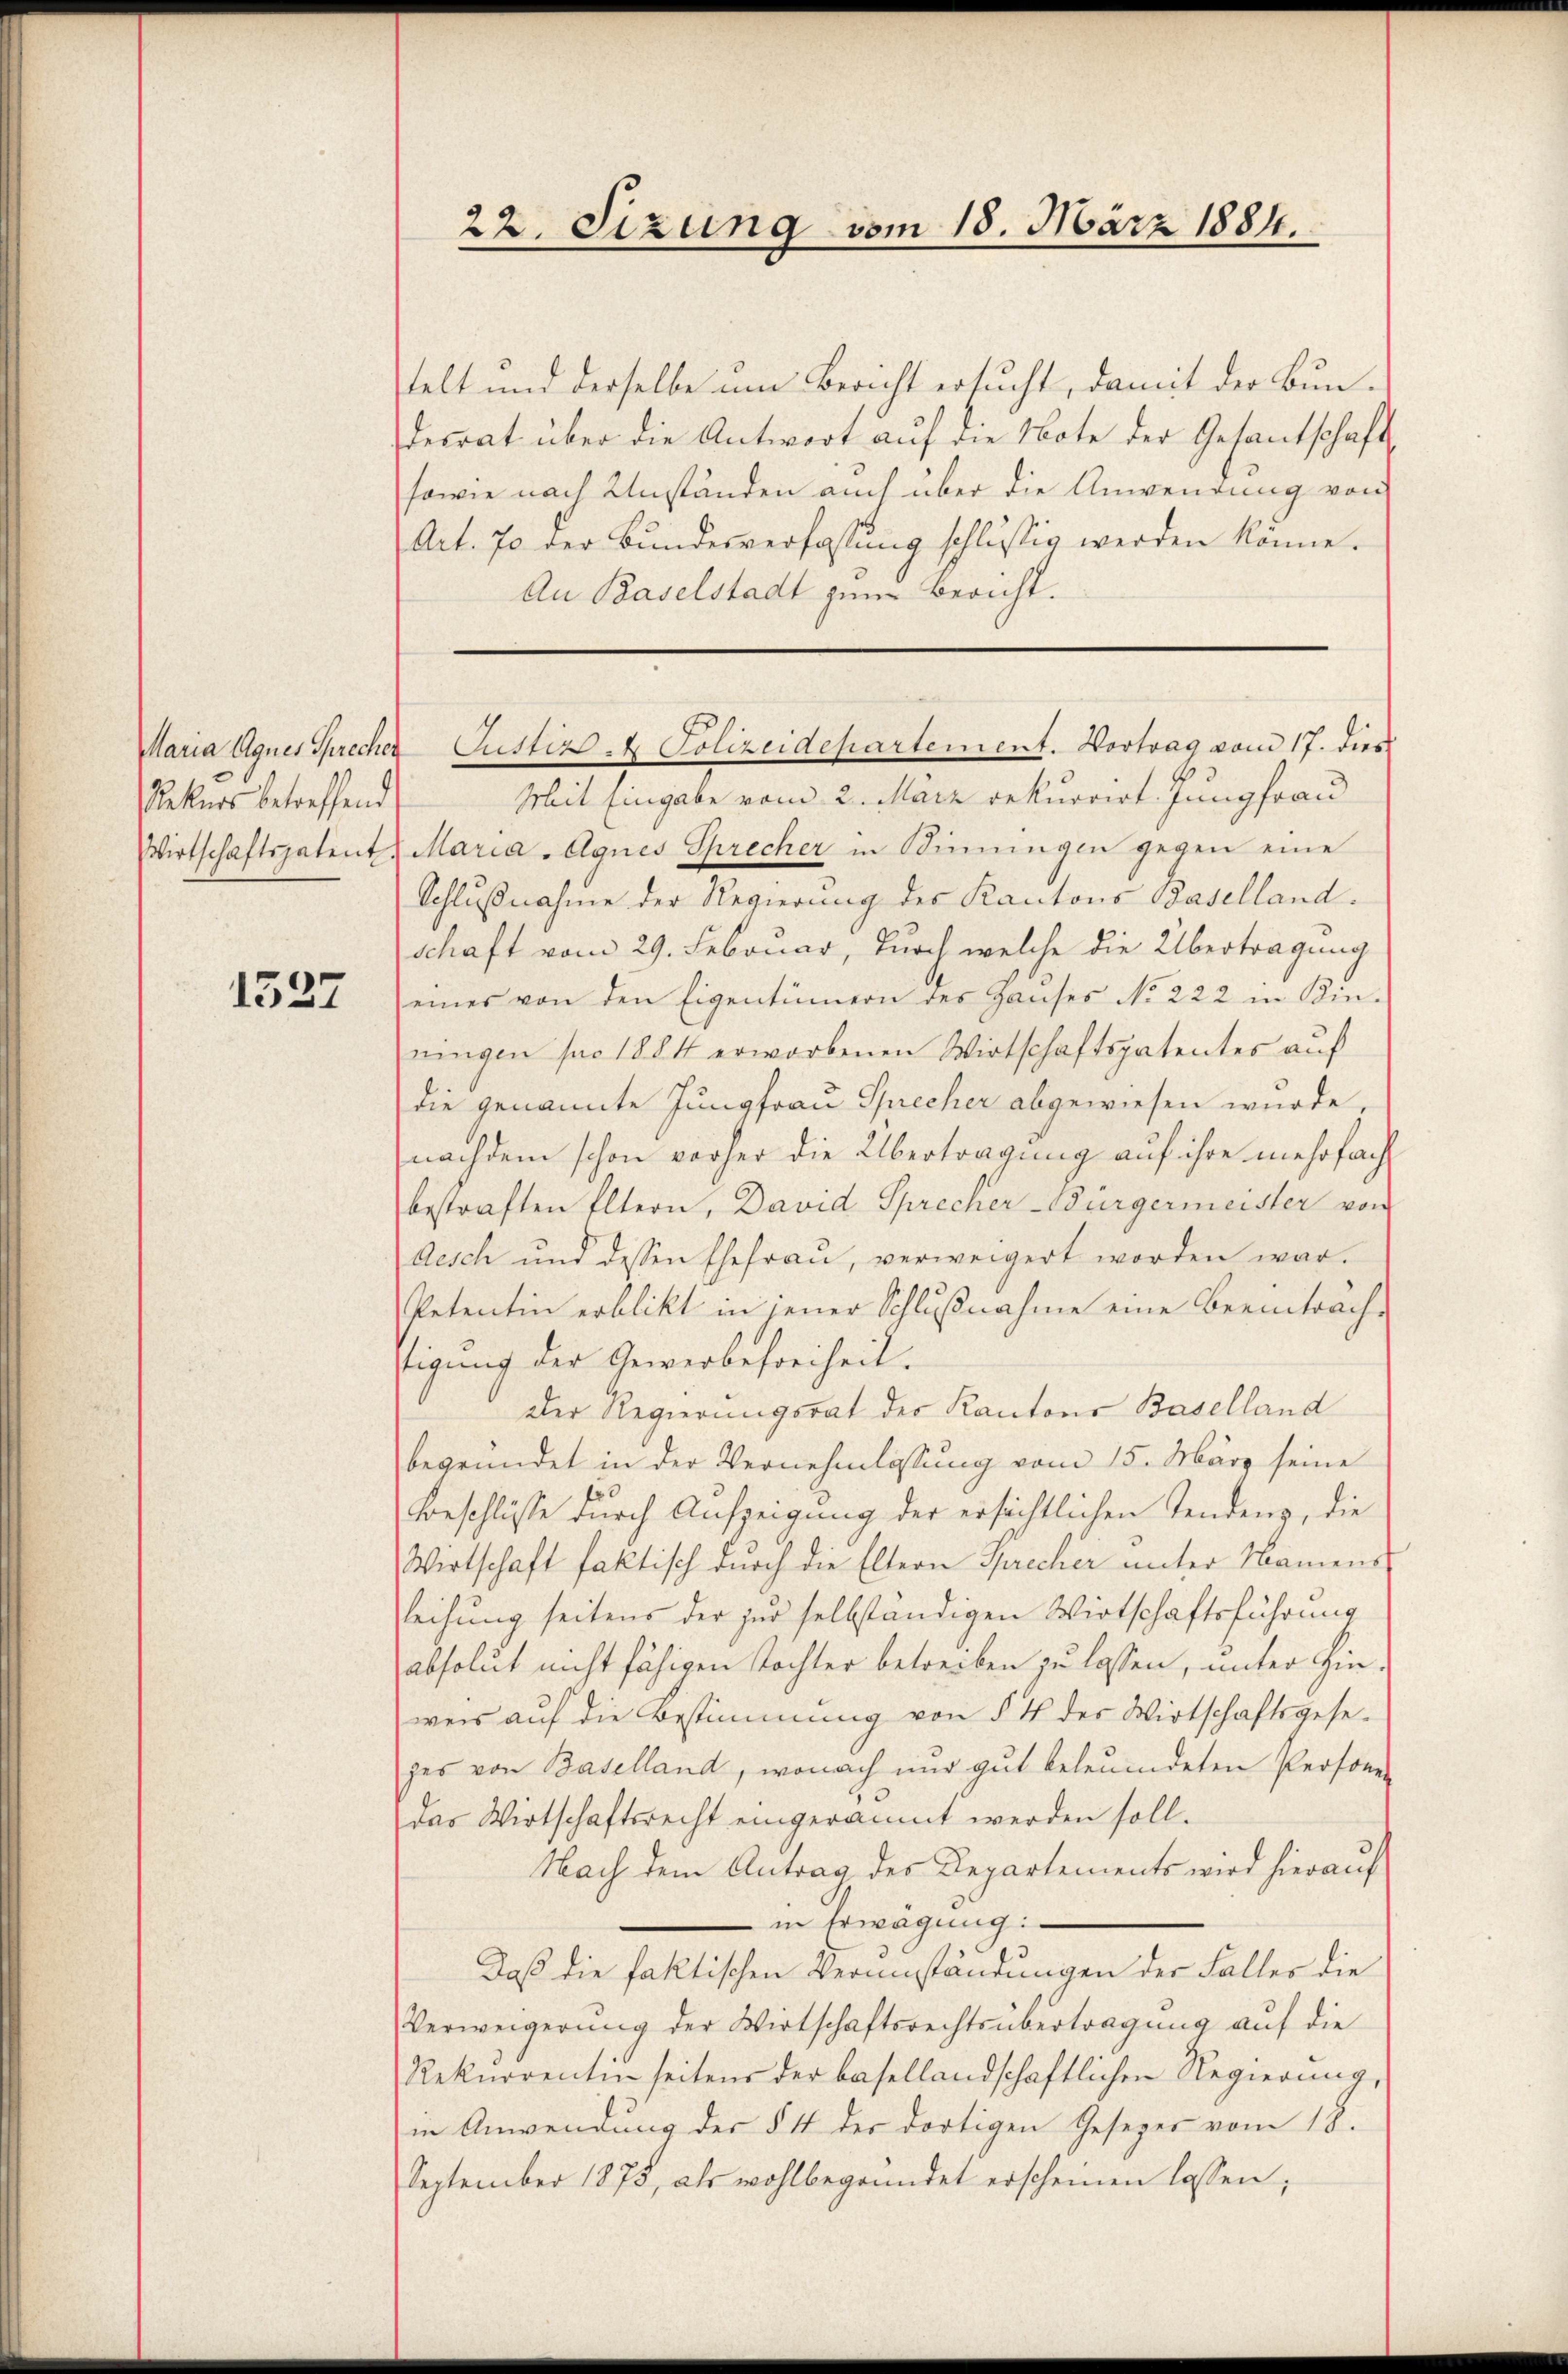
Maria Agnes Sprecher
Rekurs betreffend
Wirtschaftspatent.

1327

22. Sizung vom 18. März 1884.

stellt und derselbe um Bericht ersucht, damit der Bundecrat über die Antwort aŭf die Note der Gesandschaft
sowie nach Umständen auch über die Anwendung von
Art. 70 der Bŭndesverfassŭng schlüssig werden könne.
An Baselstadt zum Bericht.
Mit Eingabe vom 2. März rekurrirt. Jungfrau
Maria. Agnes Sprecher in Sinnungen gegen eine
Schlußnahme der Regierung des Kantons Baselland.
schaft vom 29. Februar, durch welche die Übertragung
eines von den Eigentümern des Hauses No 222 in Kin-
ningen pro 1884 erworbenen Wirtschaftspatentes auf
die genannte Jungfrau Sprecher abgewiesen wurde,
nachdem schon vorher die Übertragung auf ihre mehrfach
bestraften Eltern, David Sprecher Bürgermeister von
desch und dessen Ehefrau, verweigert worden war.
Petentin erblickt in jener Schlußnahme eine Beeintrachstigung der Gewerbefreiheit.
Der Regierungsrat der Kantons Baselland
begründet in der Vernehmlassung vom 15. März seine
.
Beschlüsse durch Aufzeigung der ersichtlichen Tendenz, die
Wirtschaft faktisch durch die Eltern Sprecher unter Namens-
leihung seitens der zur selbständigen Wirtschaftsführung
absolut nicht fähigen Tochter betreiben zu lassen, unter Hinweis aŭf die Bestimmung von § 4 des Wirtschaftsgese-
zes von Baselland, wonach nur gut beleumdeten Personen
das Wirtschaftsrecht eingeräumt werden soll.
Nach dem Antrag des Departements wird hierauf
in Erwägung:
Daß die faktischen Verumständungen der Falles die
Verweigerŭng der Wirtschaftsrechtsübertragung auf die
Rekurrentin seitens der basellandschaftlichen Regierung,
in Anwendung des § 1 des dortigen Gesezer vom 18.
September 1875, als wohlbegründet erscheinen lassen;

Justiz & Polizeidepartement. Vortrag vom 17. Dies